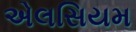
એલસિયમ